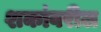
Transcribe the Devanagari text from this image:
शकांवरील